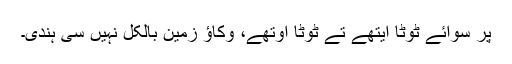
پر سوائے ٹوٹا ایتھے تے ٹوٹا اوتھے، وکاؤ زمین بالکُل نہیں سی ہُندی۔